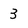
Character: 3